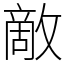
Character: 敵